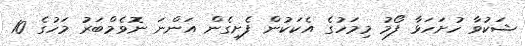
ޝަކުވާ ހުށަހަޅާ ފޯމު މިމަހުގެ އެކަކުން ފެށިގެން އަންނަ ނޮވެމްބަރު މަހުގެ 10